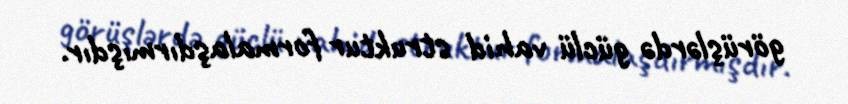
görüşlərdə güclü vahid struktur formalaşdırmışdır.